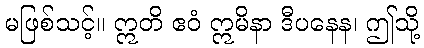
မဖြစ်သင့်။ ဣတိ ဧဝံ ဣမိနာ ဒီပနေန၊ ဤသို့